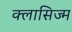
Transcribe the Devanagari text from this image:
क्लासिज्म